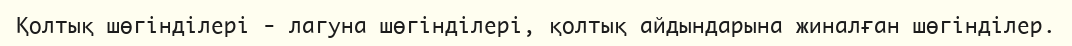
Қолтық шөгінділері - лагуна шөгінділері, қолтық айдындарына жиналған шөгінділер.